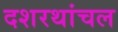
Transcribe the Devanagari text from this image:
दशरथांचल